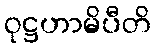
ဝုဋ္ဌဟာမိပီတိ